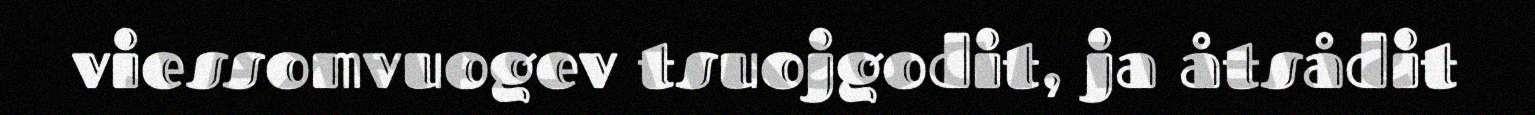
viessomvuogev tsuojgodit, ja åtsådit